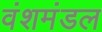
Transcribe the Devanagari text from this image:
वंशमंडल